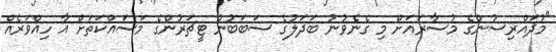
"މުދައްރިސުންގެ މުސާރައަށް މި ގެނެވުނު ބަދަލުގެ ސަބަބުން ޓީޗަރުންގެ މަސައްކަތަށް އާ ހިއްވަރެއް